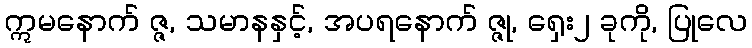
ဣမနောက် ဇ္ဇ, သမာနနှင့်, အပရနောက် ဇ္ဇု, ရှေး၂ ခုကို, ပြုလေ